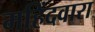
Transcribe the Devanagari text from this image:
महिंदवारा